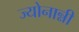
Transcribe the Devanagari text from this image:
ज्योनान्नी